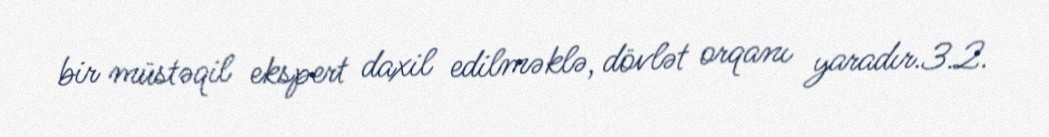
bir müstəqil ekspert daxil edilməklə, dövlət orqanı yaradır.3.2.